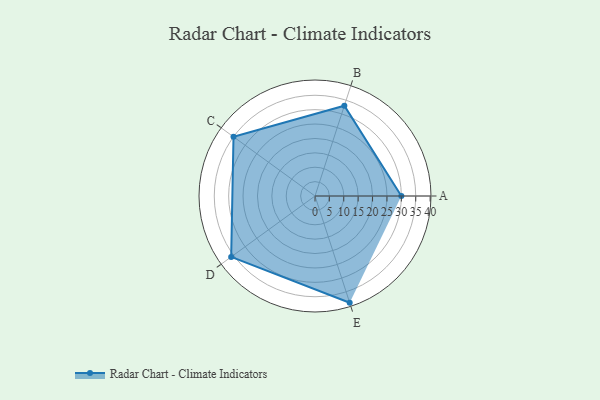
{"axis": {"x": "Skill", "y": "Score"}, "legend": ["Profile"], "data": [{"x": "A", "y": 30.0, "type": "Profile"}, {"x": "B", "y": 33.0, "type": "Profile"}, {"x": "C", "y": 35.0, "type": "Profile"}, {"x": "D", "y": 36.0, "type": "Profile"}, {"x": "E", "y": 39.0, "type": "Profile"}]}